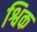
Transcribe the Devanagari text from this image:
श्विक